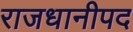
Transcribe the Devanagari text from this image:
राजधानीपद